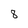
Character: 8